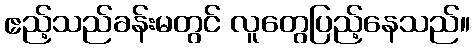
ဧည့်သည်ခန်းမတွင် လူတွေပြည့်နေသည်။